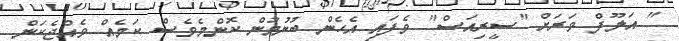
" އަލޫފް ވަރަށް "ސީރިއަސް" ވެފައި އެހެން ބުނުމުން ކޮންމެވެސް ކަމެއް ވެއްޖެކަން